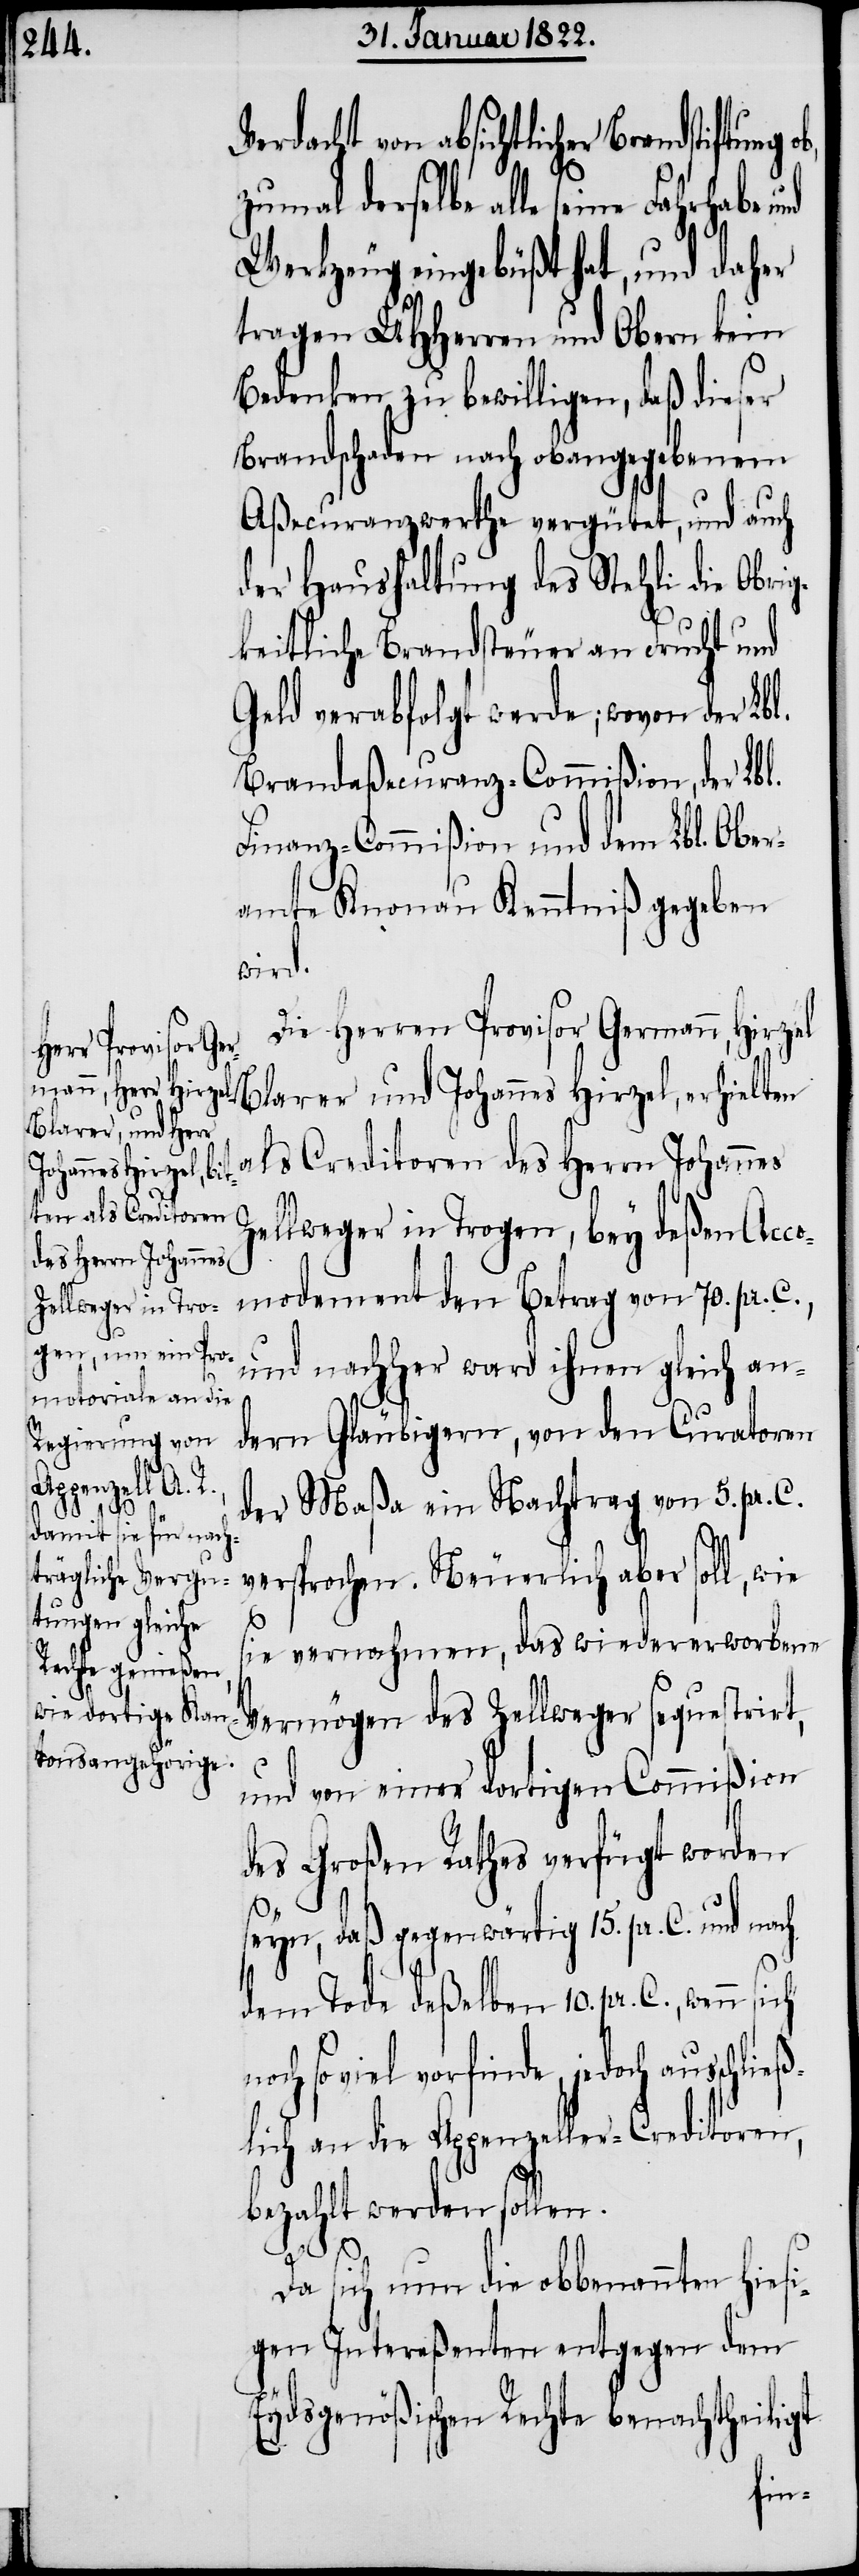
Verdacht von absichtlicher Brandstiftung
70.
pr.
zumal derselbe alle seine Fahrhabe und
Werkzeug eingebüßt hat, und daher
tragen UHHerren und Obern kein
Bedenken zu bewilligen, daß dieser
Brandschaden nach obangegebenem
Aßecuranzwerthe vergütet, und auch
der Haushaltung des Stehli die Obri¬
gkeitliche Brandsteuer an Frucht und
Geld verabfolgt werde; wovon der Lbl.
Finanz-Commißion und dem Lbl. Ober¬
amte Knonau Kenntniß gegeben
wird.
Die Herrn Provisor Germann, Hirzel
vorfinde, je¬
Blarer und Johannes Hirzel, erhielten
als Creditoren des Herrn Johannes
doch ausschließ¬
ag
ellweger in Trogen, bey deßen Acco¬
und nachher ward ihnen gleich an¬
dern Gläubigern, von den Curatoren
der Maßa ein Nachtrag von 5. pr. C.
versprochen. Neuerlich aber soll, wie
sie vernahmen, das wiedererworbene
Vermögen des Zellweger sequestrirt,
und von einer dortigen Commißion
des Großen Rathes verfügt worden
seyn, daß gegenwärtig 15. pr. C., wenn
lich an die Appenzeller-Creditoren,
bezahlt werden sollen.
Da sich nun die obbenannten hiesi¬
gen Intereßenten entgegen dem
Eydsgenößischen Rechte benachtheiligt